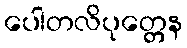
ပေါတလိပုတ္တေန